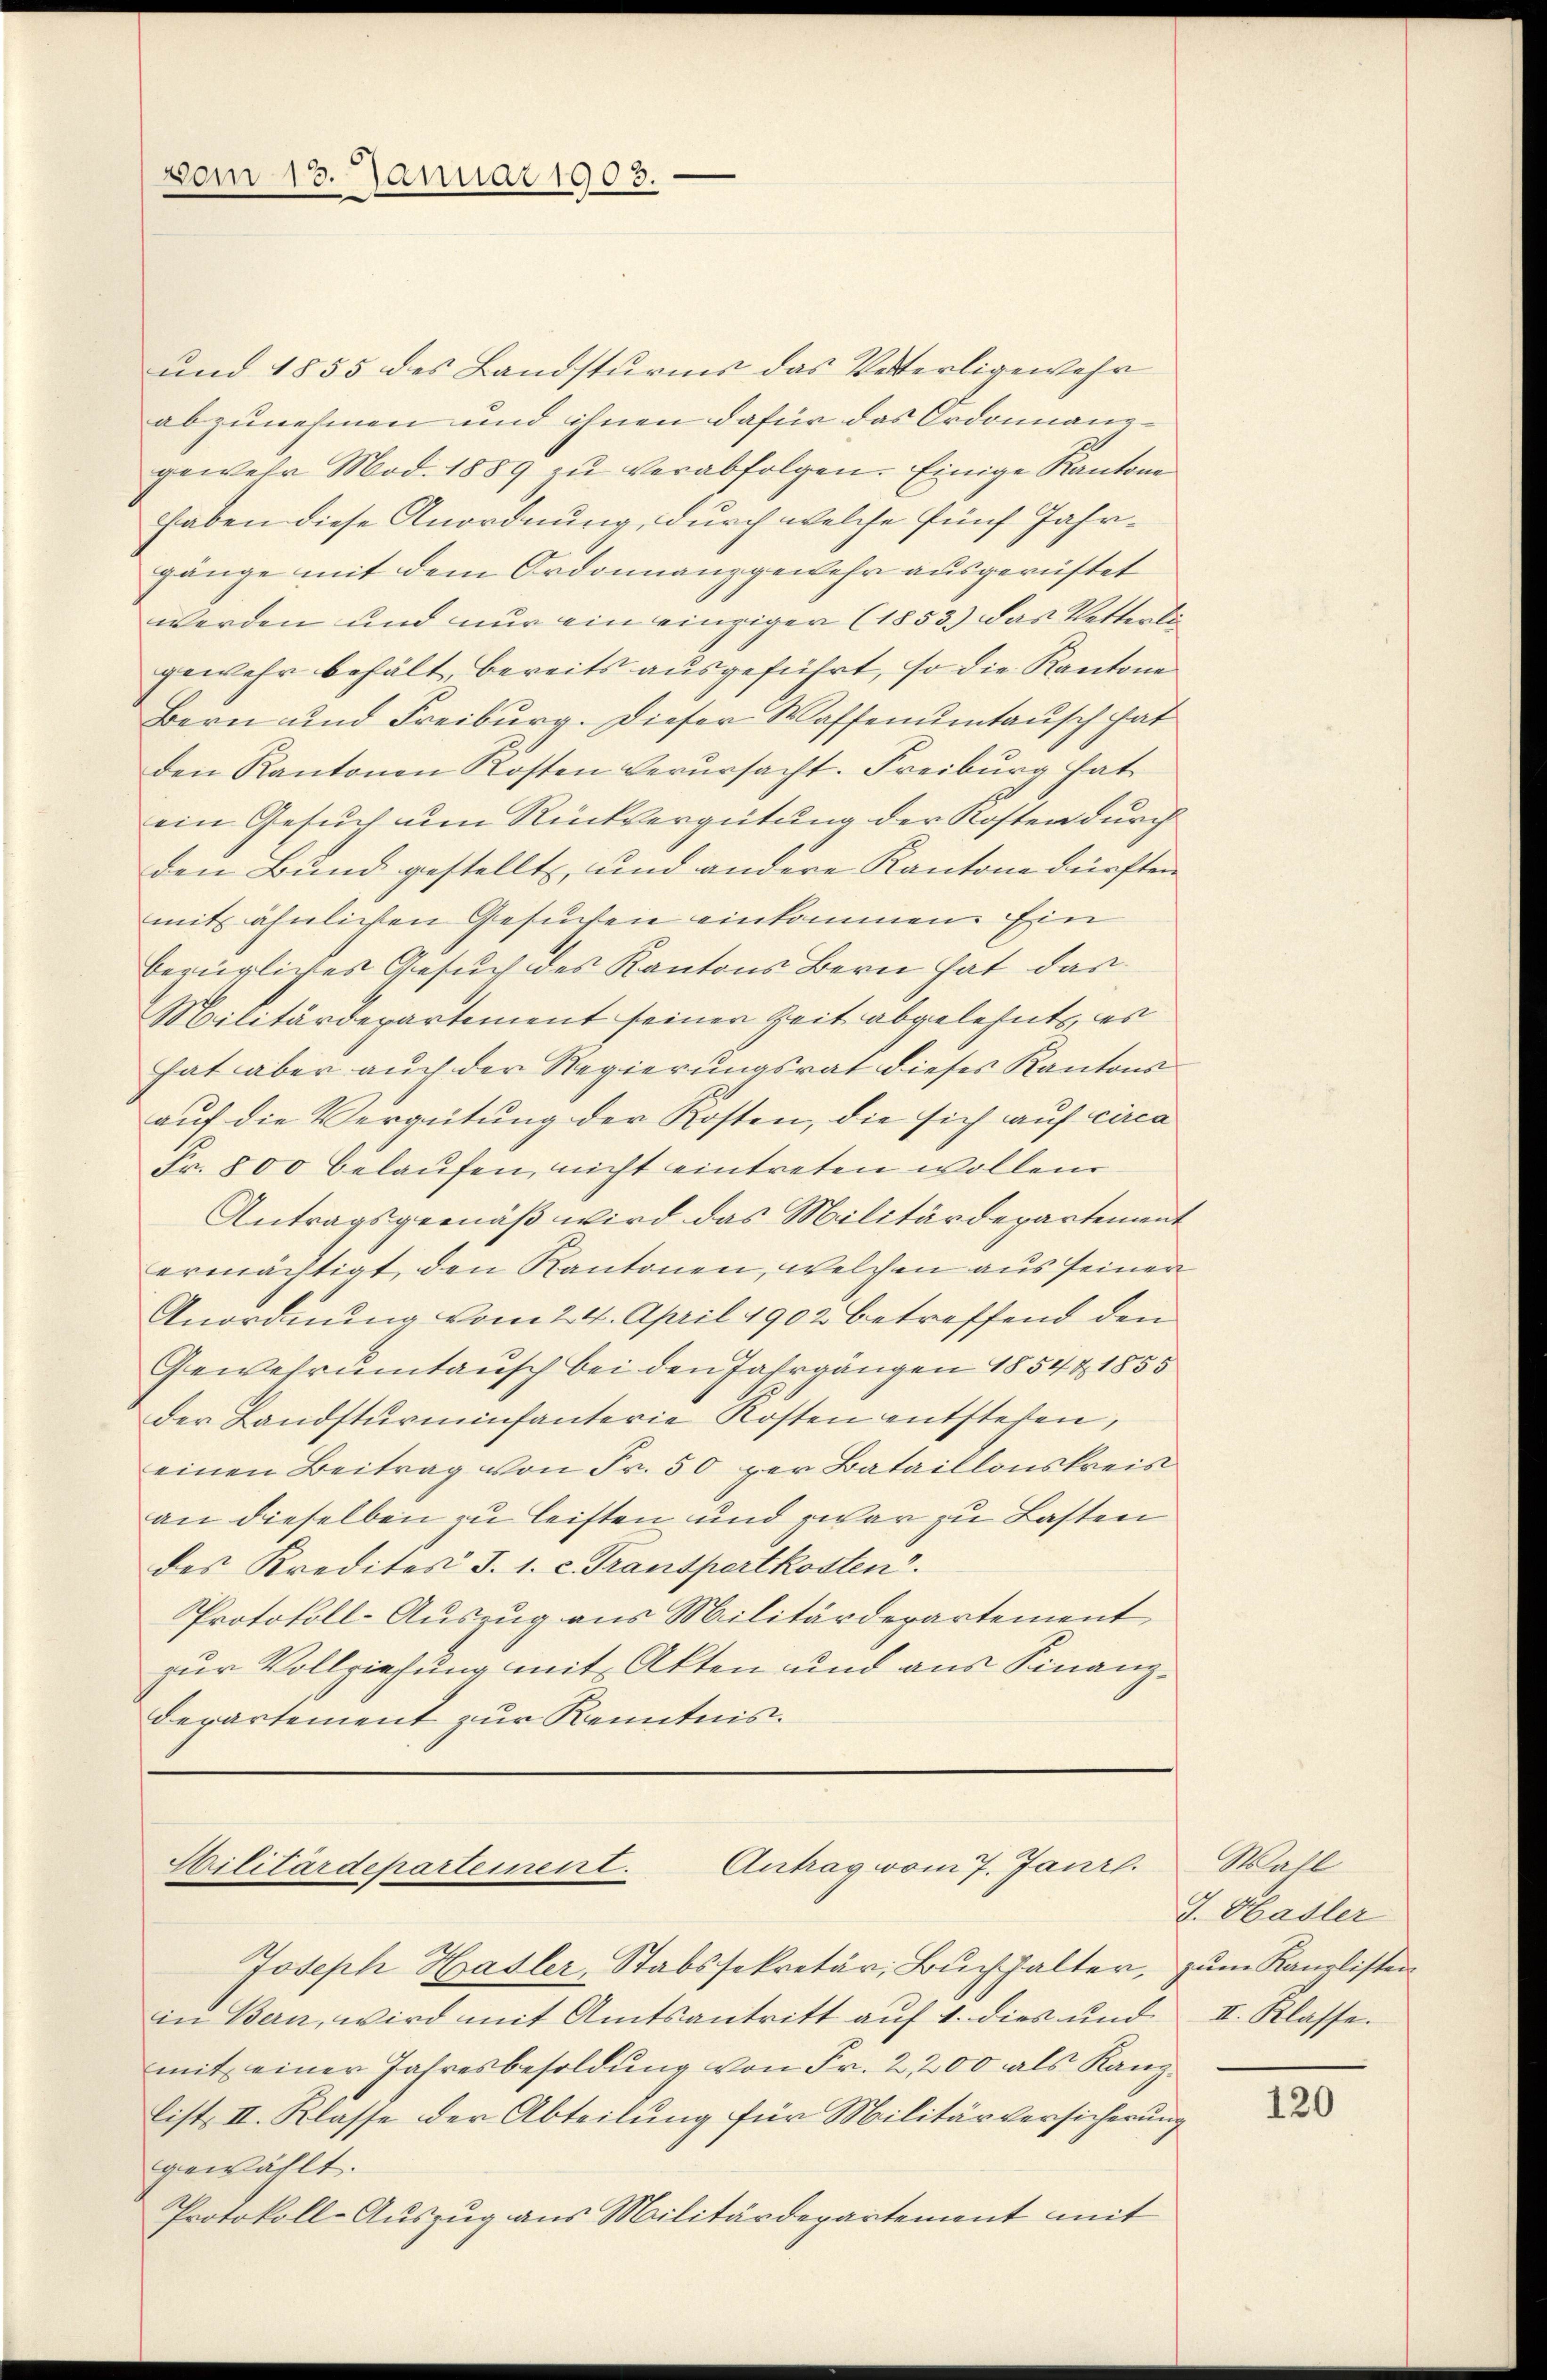
vom 13. Januar 1903.

und 1855 des Landsturms das Veterligewehr
abzunehmen und ihnen dafür das Ordonnanz-
gewehr Mod. 1889 zu verabfolgen. Einige Kantone
haben diese Anordnung, durch welche fünf Jahrgänge mit dem Ordonnanzgewehr ausgerüftet
werden und nur ein einziger (1853) das Vetterli
gewehr behält, bereits ausgeführt, so die Kantone
Bern und Freiburg. Dieser Waffenumtausch hat
den Kantonen Kosten verŭrsacht. Freiburg hat
ein Gesuch um Rückvergütung der Kosten durch
den Bund gestellt, und andere Kantone dürften
mit ähnlichen Gesuchen einkommen. Ein
bezügliches Gesuch des Kantons Bern hat das
Militärdepartement seiner Zeit abgelehnt, es
hat aber auch der Regierungsrat dieses Kantons
auf die Vergütung der Kosten, die sich auf circa
Fr. 800 belaufen, nicht eintreten wollen
Antragsgemäß wird das Militärdepartement
ermächtigt, den Kantonen, welchen aus seiner
Anordnung vom 24. April 1902 betreffend den
Gewehrumtausch bei den Jahrgängen 1854 & 1855
der Landstürmenfanterie Kosten entstehen,
einen Beitrag von Fr. 50 per Bataillonskreis
an dieselben zu leisten und zwar zu Lasten
des Kredites J. 1. c. Transportkosten.
Protokoll-Auszug aus Militärdepartement
zur Vollziehung mit Akten und aus Finanz¬
Departement zur Kenntnis.

Antrag vom 7. Janrl.
Cilitärdepartement.

Joseph Hasler, Stabssekretär, Buchhalter, zum Kanzlisten
in Bern, wird mit Amtsantritt aŭf 1. dies und II. Klasse.
mit einer Jahresbesoldung von Fr. 2200 als Kanzlist. II. Klasse der Abteilung für Militärversicherung
gewählt.
Protokoll-Auszug aus Militärdepartement mit

Wahl
J. Hasler

120